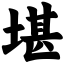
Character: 堪